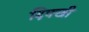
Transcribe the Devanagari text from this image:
दिक्खी